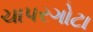
ચાપરગોટા